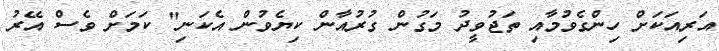
އަރިއަކަށް ހިންގެވުމާއި ތަޖުވީދު މަގުން ގުރުއާން ކިޔެވުން އެކަނި" ކަމަށް ވެސް އޭރު